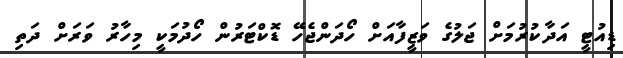
ޑިއުޓީ އަދާކުރުމަށް ޖަލުގެ ވަޒީފާއަށް ހޯދަންޖެހޭ ޑޮކްޓަރުން ހޯދުމަކީ މިހާރު ވަރަށް ދަތި